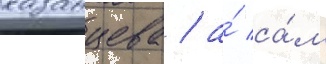
казанцева / а́ са́м